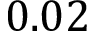
0 . 0 2